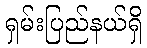
ရှမ်းပြည်နယ်ရှိ